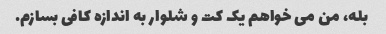
بله، من می خواهم یک کت و شلوار به اندازه کافی بسازم.